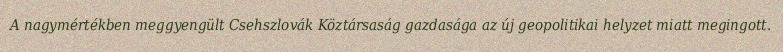
A nagymértékben meggyengült Csehszlovák Köztársaság gazdasága az új geopolitikai helyzet miatt megingott.